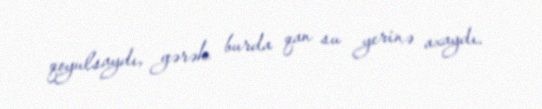
qoyulsaydı, gərək burda qan su yerinə axaydı.